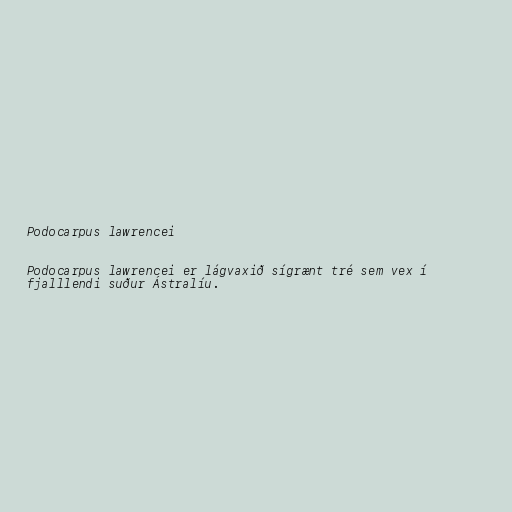
Podocarpus lawrencei

Podocarpus lawrencei er lágvaxið sígrænt tré sem vex í
fjalllendi suður Ástralíu.